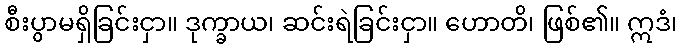
စီးပွာမရှိခြင်းငှာ။ ဒုက္ခာယ၊ ဆင်းရဲခြင်းငှာ။ ဟောတိ၊ ဖြစ်၏။ ဣဒံ၊